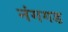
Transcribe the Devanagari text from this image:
नंगगड